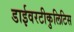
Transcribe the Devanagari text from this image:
डाईवरटीकुलिटिस